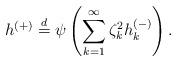
LaTeX: \begin{align*}h^{(+)} \stackrel{d}{=} \psi\left(\sum_{k=1}^\infty \zeta_k^2h_k^{(-)}\right).\end{align*}